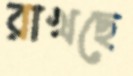
রাখছে